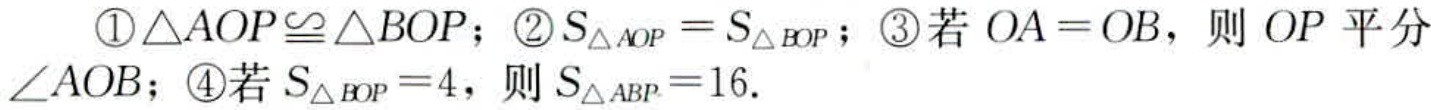
\textcircled{1}$\triangle AOP\cong\triangle BOP$；\textcircled{2}$S_{\triangle AOP}=S_{\triangle BOP}$；\textcircled{3}若$OA = OB$，则$OP$平分$\angle AOB$；\textcircled{4}若$S_{\triangle BOP}=4$，则$S_{\triangle ABP}=16$.